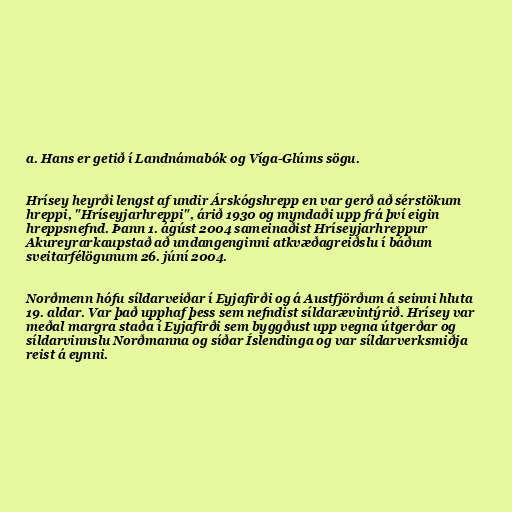
a. Hans er getið í Landnámabók og Víga-Glúms sögu.

Hrísey heyrði lengst af undir Árskógshrepp en var gerð að sérstökum
hreppi, "Hríseyjarhreppi", árið 1930 og myndaði upp frá því eigin
hreppsnefnd. Þann 1. ágúst 2004 sameinaðist Hríseyjarhreppur
Akureyrarkaupstað að undangenginni atkvæðagreiðslu í báðum
sveitarfélögunum 26. júní 2004.

Norðmenn hófu síldarveiðar í Eyjafirði og á Austfjörðum á seinni hluta
19. aldar. Var það upphaf þess sem nefndist síldarævintýrið. Hrísey var
meðal margra staða í Eyjafirði sem byggðust upp vegna útgerðar og
síldarvinnslu Norðmanna og síðar Íslendinga og var síldarverksmiðja
reist á eynni.